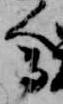
会